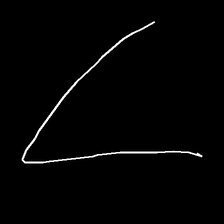
Glyph: region